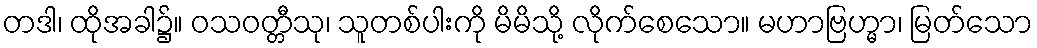
တဒါ၊ ထိုအခါ၌။ ဝသဝတ္တီသု၊ သူတစ်ပါးကို မိမိသို့ လိုက်စေသော။ မဟာဗြဟ္မာ၊ မြတ်သော